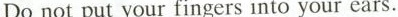
Do not put your fingers into your ears.